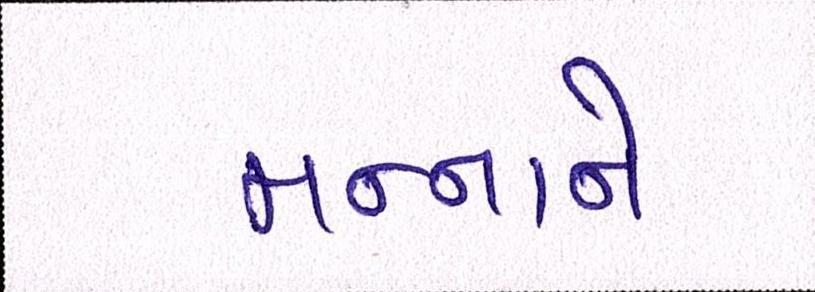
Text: મન્નાને